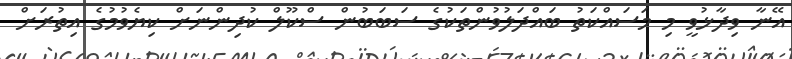
އޭނާ ވިދާޅުވީ މި މަސައްކަތު ބައްދަލުވުންތަކުގެ ސަބަބުން ސްކޫލް ކުދިންނަށް ކިޔެވުމުގެ އިތުރަށް